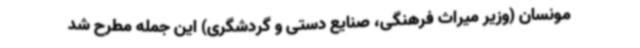
مونسان (وزیر میراث فرهنگی، صنایع دستی و گردشگری) این جمله مطرح شد